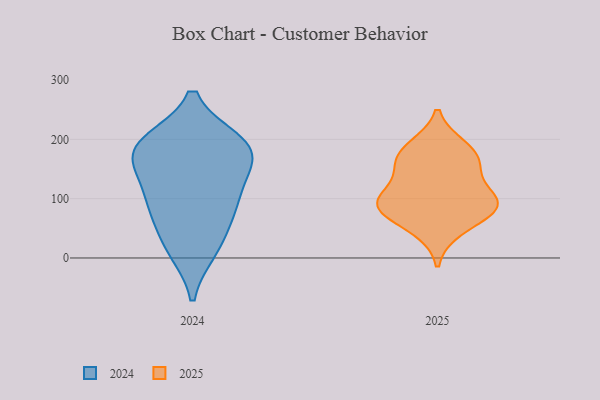
{"axis": {"x": "Churn Rate (%)", "y": "Value"}, "legend": ["2024", "2025"], "data": [{"x": "", "y": 124, "type": "2024"}, {"x": "", "y": 20, "type": "2024"}, {"x": "", "y": 189, "type": "2024"}, {"x": "", "y": 187, "type": "2024"}, {"x": "", "y": 152, "type": "2024"}, {"x": "", "y": 86, "type": "2024"}, {"x": "", "y": 14, "type": "2024"}, {"x": "", "y": 191, "type": "2024"}, {"x": "", "y": 195, "type": "2024"}, {"x": "", "y": 170, "type": "2024"}, {"x": "", "y": 72, "type": "2024"}, {"x": "", "y": 96, "type": "2024"}, {"x": "", "y": 187, "type": "2025"}, {"x": "", "y": 159, "type": "2025"}, {"x": "", "y": 147, "type": "2025"}, {"x": "", "y": 81, "type": "2025"}, {"x": "", "y": 96, "type": "2025"}, {"x": "", "y": 48, "type": "2025"}, {"x": "", "y": 100, "type": "2025"}, {"x": "", "y": 177, "type": "2025"}, {"x": "", "y": 88, "type": "2025"}, {"x": "", "y": 89, "type": "2025"}]}